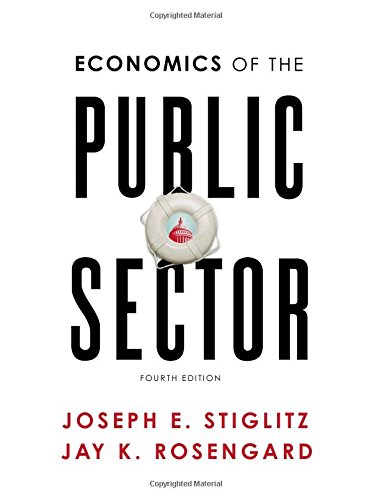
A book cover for Economics of the Public Sector (Fourth Edition); Joseph E. Stiglitz; Business & Money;